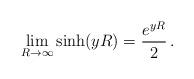
LaTeX: \begin{align*}\lim_{R\to \infty} \sinh (y R) =\frac{e^{yR}}{2}\,{.}\end{align*}